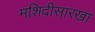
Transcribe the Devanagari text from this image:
मशिदीसारखा